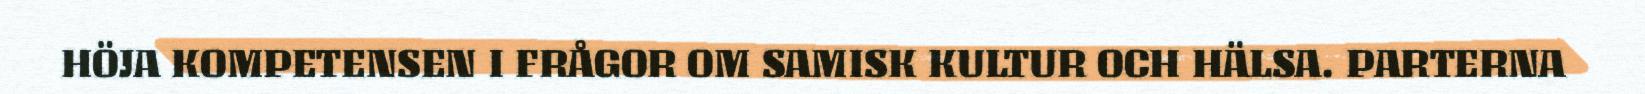
HÖJA KOMPETENSEN I FRÅGOR OM SAMISK KULTUR OCH HÄLSA. PARTERNA